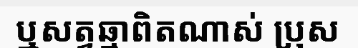
ឬសត្វឆ្មាពិតណាស់ ប្រុស